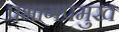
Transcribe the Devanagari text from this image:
प्रभागप्रमुख